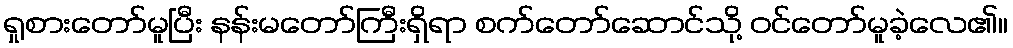
ရှုစားတော်မူပြီး နန်းမတော်ကြီးရှိရာ စက်တော်ဆောင်သို့ ဝင်တော်မူခဲ့လေ၏။